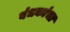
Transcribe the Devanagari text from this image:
बंधकांचा